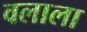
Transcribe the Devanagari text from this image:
वलाला